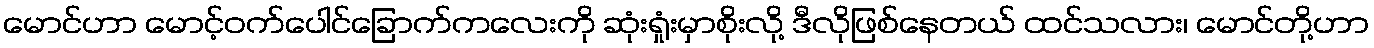
မောင်ဟာ မောင့်ဝက်ပေါင်ခြောက်ကလေးကို ဆုံးရှုံးမှာစိုးလို့ ဒီလိုဖြစ်နေတယ် ထင်သလား၊ မောင်တို့ဟာ